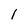
Character: I